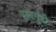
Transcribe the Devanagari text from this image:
सनगुंडी